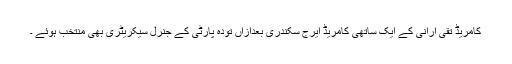
کامریڈ تقی ارانی کے ایک ساتھی کامریڈ ایرج سکندری بعدازاں تودہ پارٹی کے جنرل سیکریٹری بھی منتخب ہوئے ۔